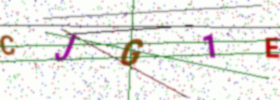
Text: CJG1E